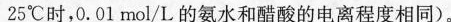
25℃时，0.01mol/L的氨水和醋酸的电离程度相同)。